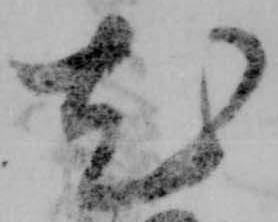
尤